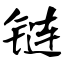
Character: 链